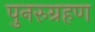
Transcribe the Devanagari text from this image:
पुनरुग्रहण